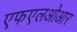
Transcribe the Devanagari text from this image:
एफएलओआर